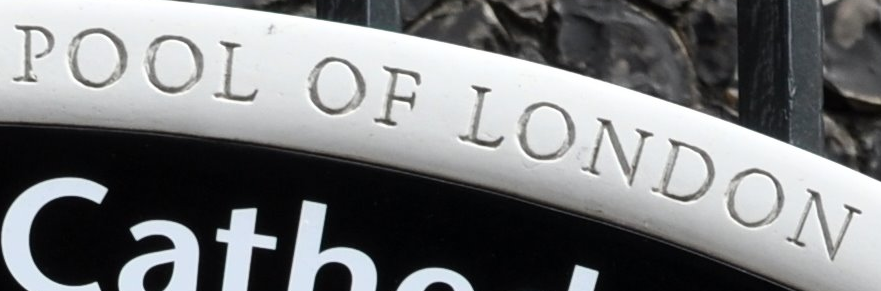
POOL OF LONDON